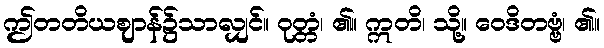
ဤတတိယဈာန်၌သာလျှင်။ ဝုတ္တံ၊ ၏။ ဣတိ၊ သို့။ ဝေဒိတဗ္ဗံ၊ ၏။